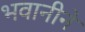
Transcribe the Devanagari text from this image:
भवानीने